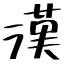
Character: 漢